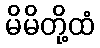
မိမိတို့ထံ